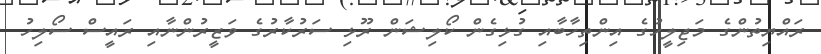
ރައްޔިތުންގެ މަޖިލީހުގެ އިންތިހާބާއި ގުޅިގެން ކޯލިޝަން ރޫޅި ސަރުކާރުގެ ވަޒީރުންނާއި ރައީސް ސޯލިހު